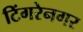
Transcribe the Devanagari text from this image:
टिंगरेनगर